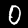
Label: 0